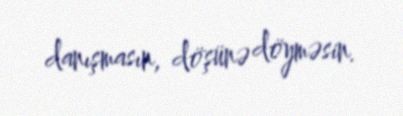
danışmasın, döşünə döyməsin.